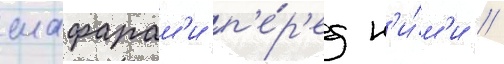
шафарам'и п'е́р'ед н'и́м'и //